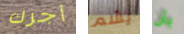
أجرك يشم بأن